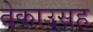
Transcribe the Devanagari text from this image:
तेकाउसह